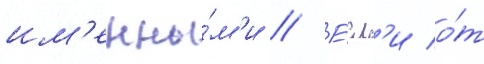
им'енны́м'и // Е́сл'и о́т